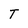
Character: T